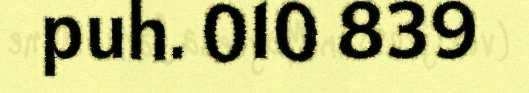
puh. 010 839